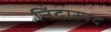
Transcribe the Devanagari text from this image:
निंदास्पद